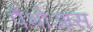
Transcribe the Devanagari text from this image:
पैथोआस